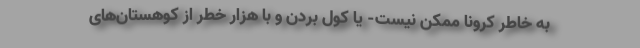
به خاطر کرونا ممکن نیست- یا کول بردن و با هزار خطر از کوهستان‌های